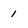
Character: 1